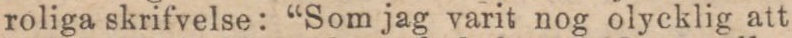
roliga skrifvelse: “Som jag varit nog olycklig att